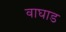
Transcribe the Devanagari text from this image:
वाघाड